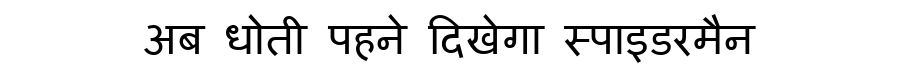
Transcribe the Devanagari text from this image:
अब धोती पहने दिखेगा स्पाइडरमैन